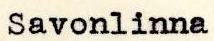
Savonlinna